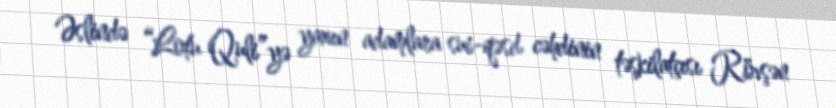
Əslində “Lotu Quli”yə yaxın adamlara sui-qəsd cəhdinin təşkilatçısı Rövşən